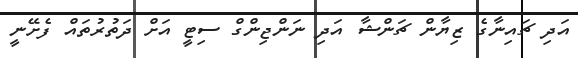
އަދި ޗައިނާގެ ޒިޔާން ޗަންޝާ އަދި ނަންޖިންގް ސިޓީ އަށް ދަތުރުތައް ފެށޭނީ